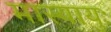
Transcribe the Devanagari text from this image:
मास्यायुः